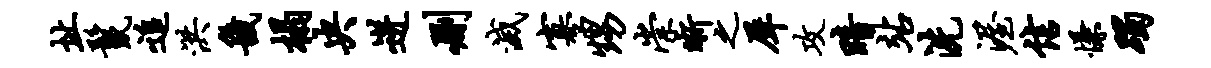
址鬣追洪畿榻央迸删灭寡甥崇晰之犀攻暗站洗渥信慊躅